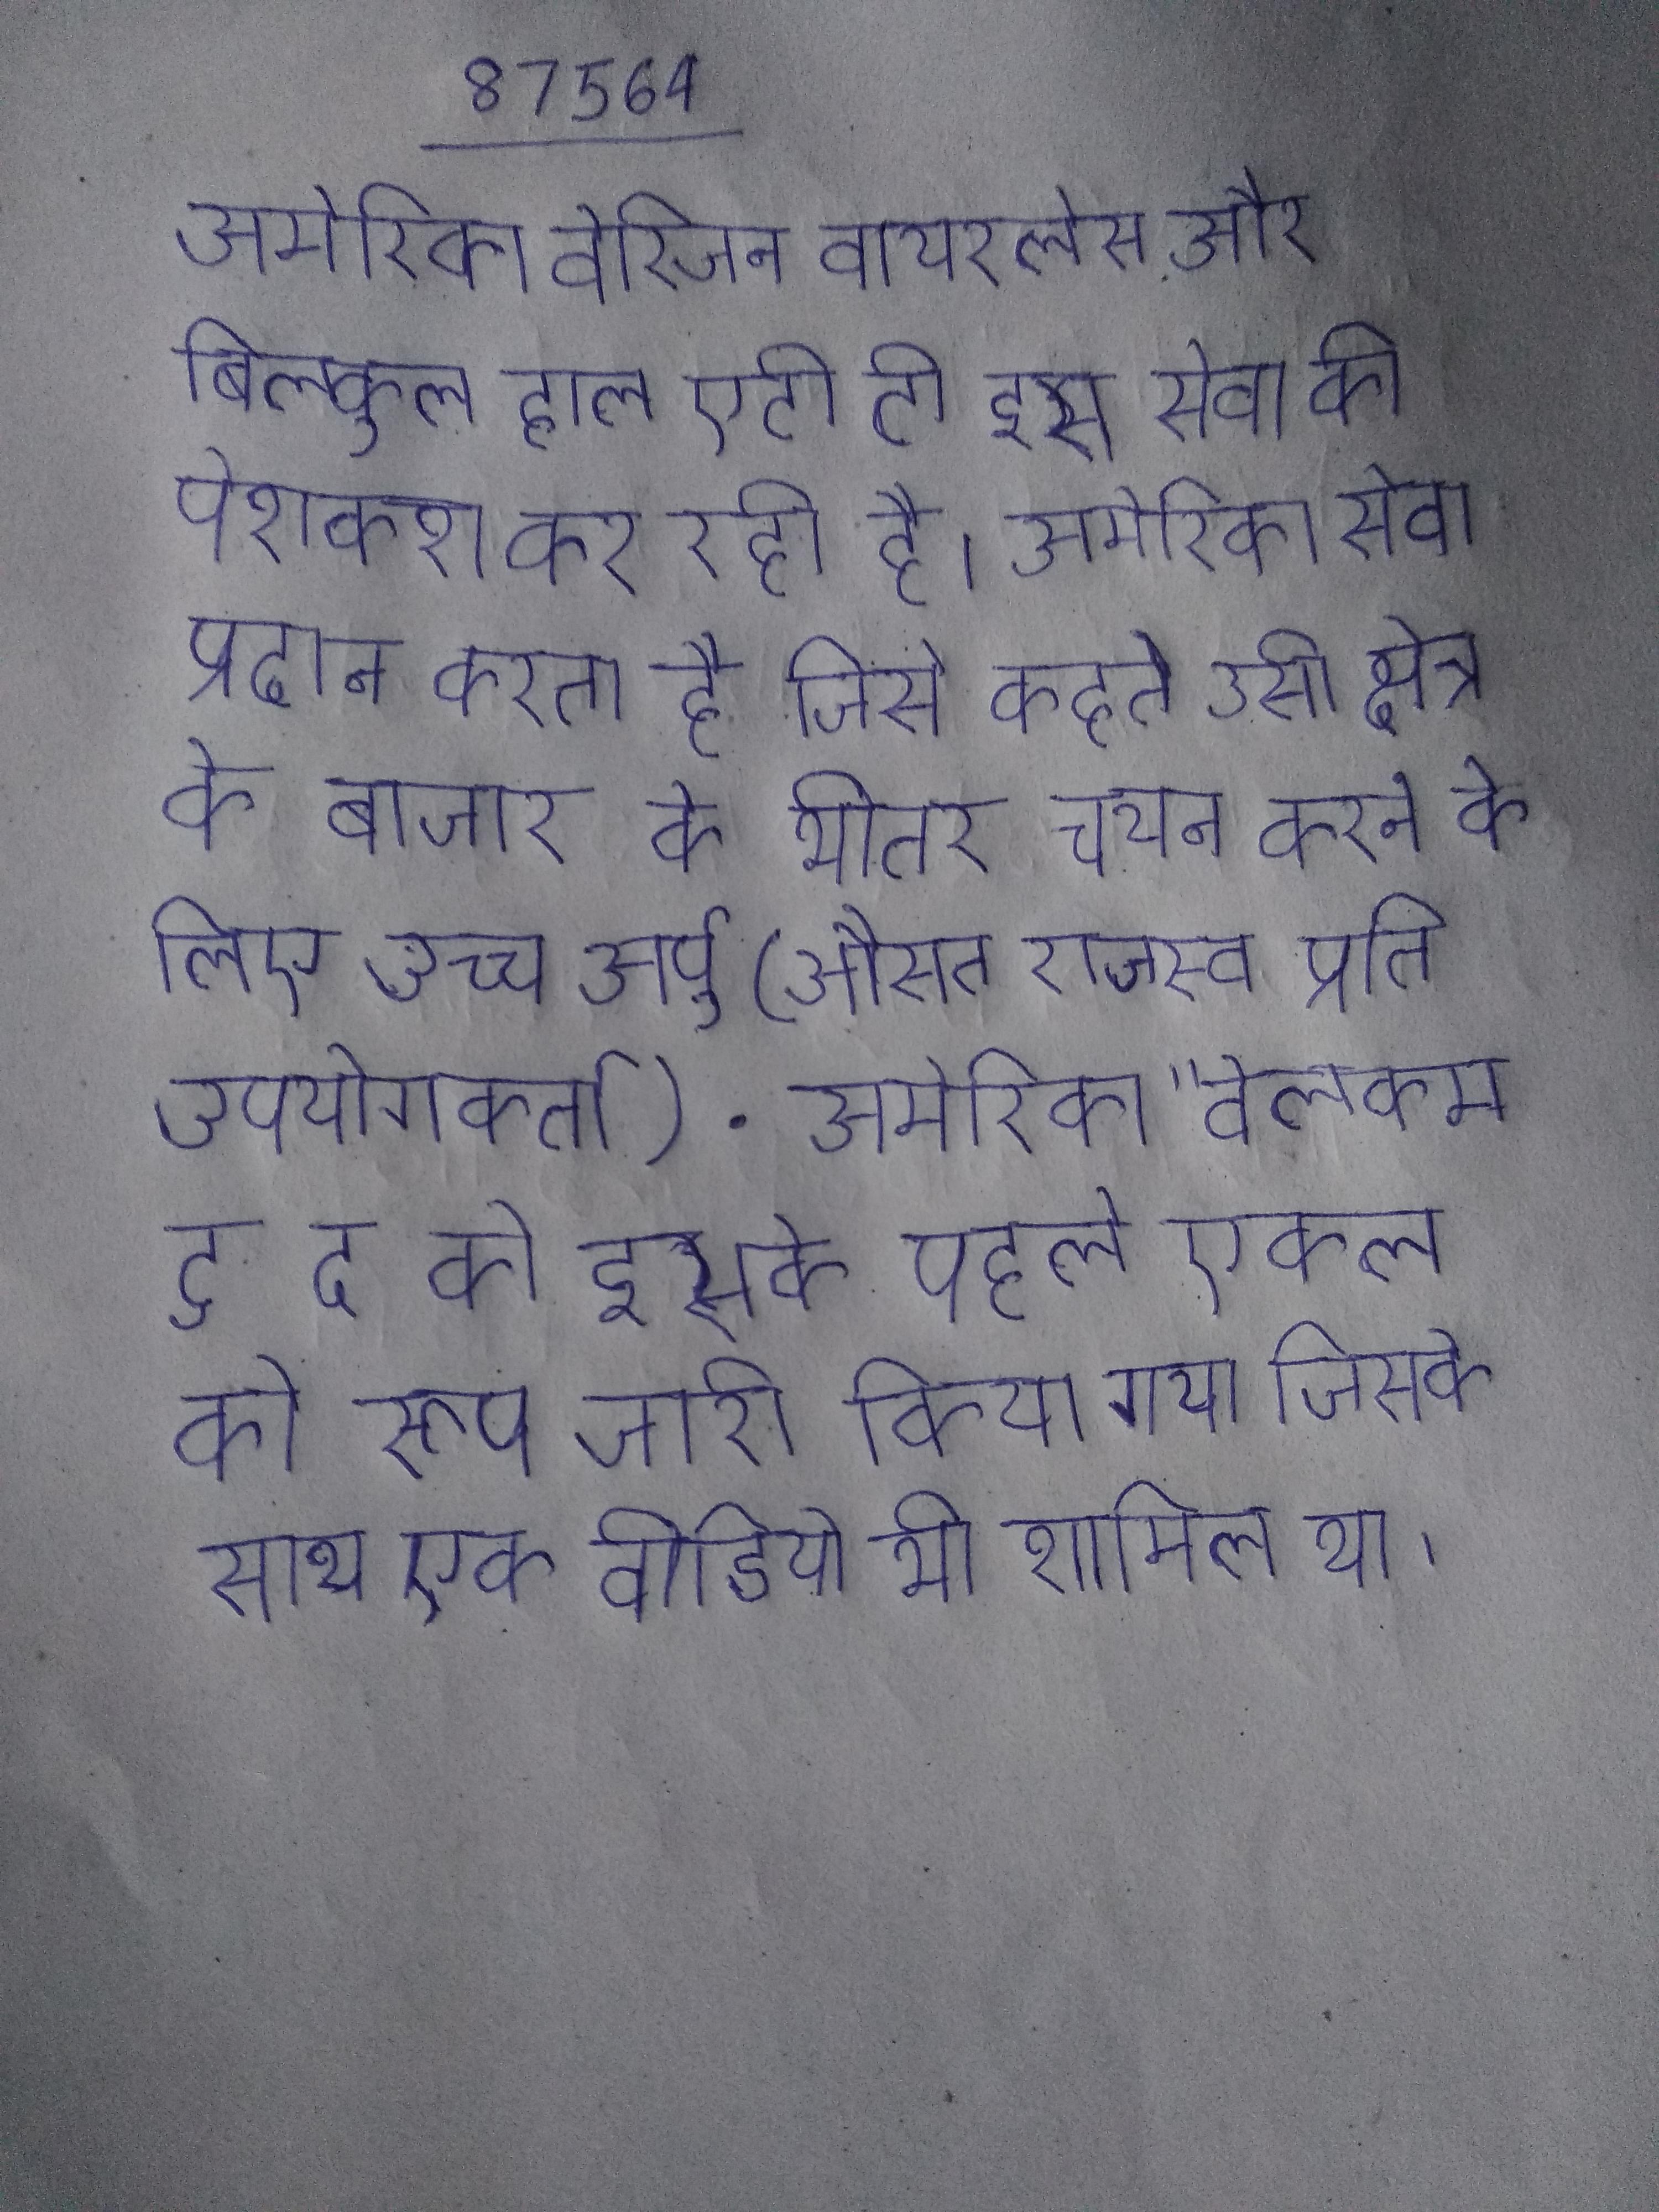
अमेरिका वेरिजन वायरलेस और बिल्कुल हाल एटी टी इस सेवा की पेशकश कर रही है । अमेरिका सेवा प्रदान करता है जिसे कहते उसी क्षेत्र के बाजार के भीतर चयन करने के लिए उच्च अर्पु (औसत राजस्व प्रति उपयोगकर्ता) . अमेरिका "वेलकम टु द को इसके पहले एकल के रूप जारी किया गया जिसके साथ एक वीडियो भी शामिल था ।